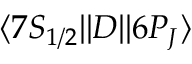
\ensuremath { \langle 7 S _ { 1 / 2 } | | } D \ensuremath { | | 6 P _ { J } \rangle }